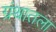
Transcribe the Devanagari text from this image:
ग्रंथातला